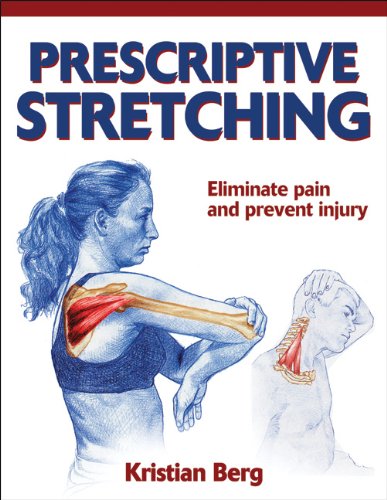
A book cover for Prescriptive Stretching; Kristian Berg; Health, Fitness & Dieting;